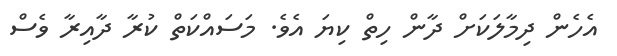
އެހެން ދިމާލަކަށް ދާން ހިތް ކިޔަ އެވެ. މަސައްކަތް ކުރާ ދާއިރާ ވެސް